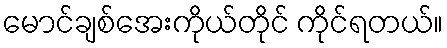
မောင်ချစ်အေးကိုယ်တိုင် ကိုင်ရတယ်။